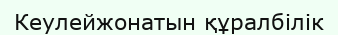
Кеулейжонатын құралбілік